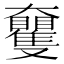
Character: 𡚠